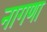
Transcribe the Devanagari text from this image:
नागणा